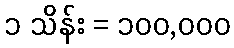
၁ သိန်း = ၁၀၀,၀၀၀